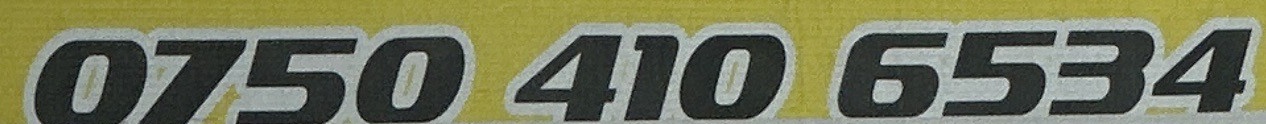
0750 410 6534